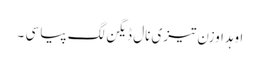
اوہدا وزن تیزی نال ڈیگن لگ پیا سی ۔